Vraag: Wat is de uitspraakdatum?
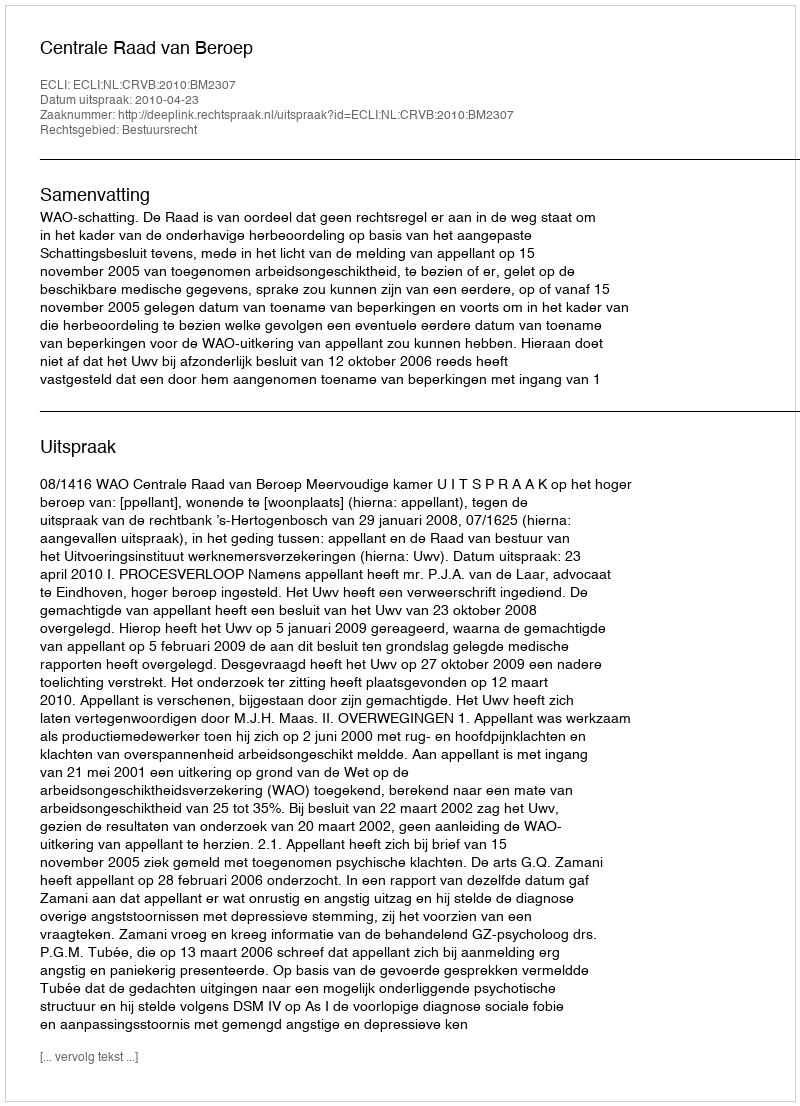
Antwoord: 2010-04-23